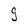
Character: g